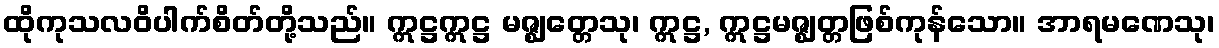
ထိုကုသလဝိပါက်စိတ်တို့သည်။ ဣဋ္ဌဣဋ္ဌ မဇ္ဈတ္တေသု၊ ဣဋ္ဌ, ဣဋ္ဌမဇ္ဈတ္တဖြစ်ကုန်သော။ အာရမဏေသု၊